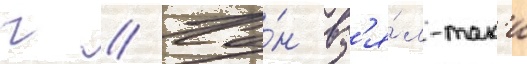
г // Ха́н вз'я́л-так'и